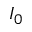
I _ { 0 }